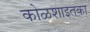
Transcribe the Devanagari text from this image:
कोळशाइतका